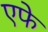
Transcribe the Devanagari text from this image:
एफे